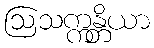
ဩသက္ကန္တိယာ